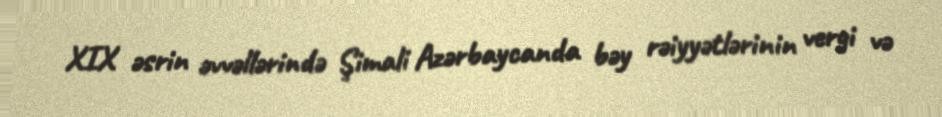
XIX əsrin əvvəllərində Şimali Azərbaycanda bəy rəiyyətlərinin vergi və